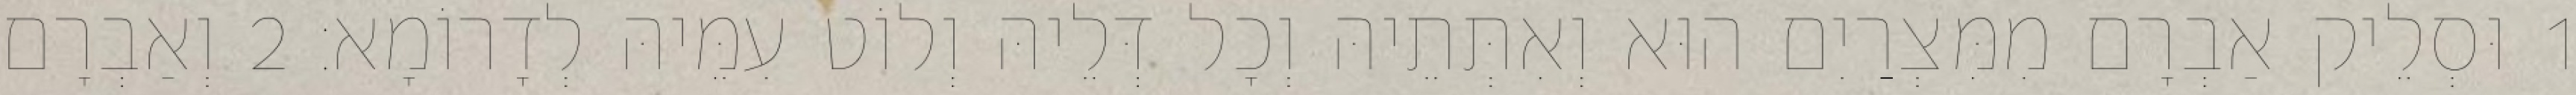
1 וּסְלֵיק אַבְרָם מִמִּצְרַיִם הוּא וְאִתְּתֵיהּ וְכָל דְּלֵיהּ וְלוֹט עִמֵּיהּ לְדָרוֹמָא׃ 2 וְאַבְרָם